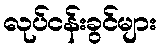
လုပ်ငန်းခွင်များ